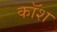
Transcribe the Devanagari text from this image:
कॉश